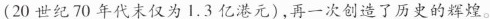
(20世纪70年代末仅为1.3亿港元)，再一次创造了历史的辉煌。